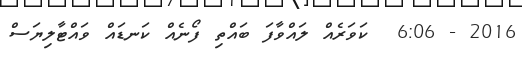
2016 - 6:06  ކަވަރެއް ލައްވާފަ ބައްތި ފޯނެއް ކަނޑައް ވައްޓާލިޔަސް